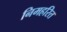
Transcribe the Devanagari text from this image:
निमहरित